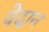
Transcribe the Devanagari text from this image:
वेदान